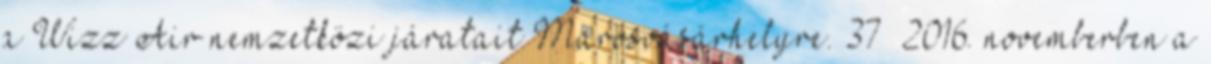
a Wizz Air nemzetközi járatait Marosvásárhelyre. 37 2016. novemberben a